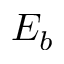
E _ { b }